65_HS1-834228961_62-HQ-83894_Section_6
Agency: FBI
Page 110
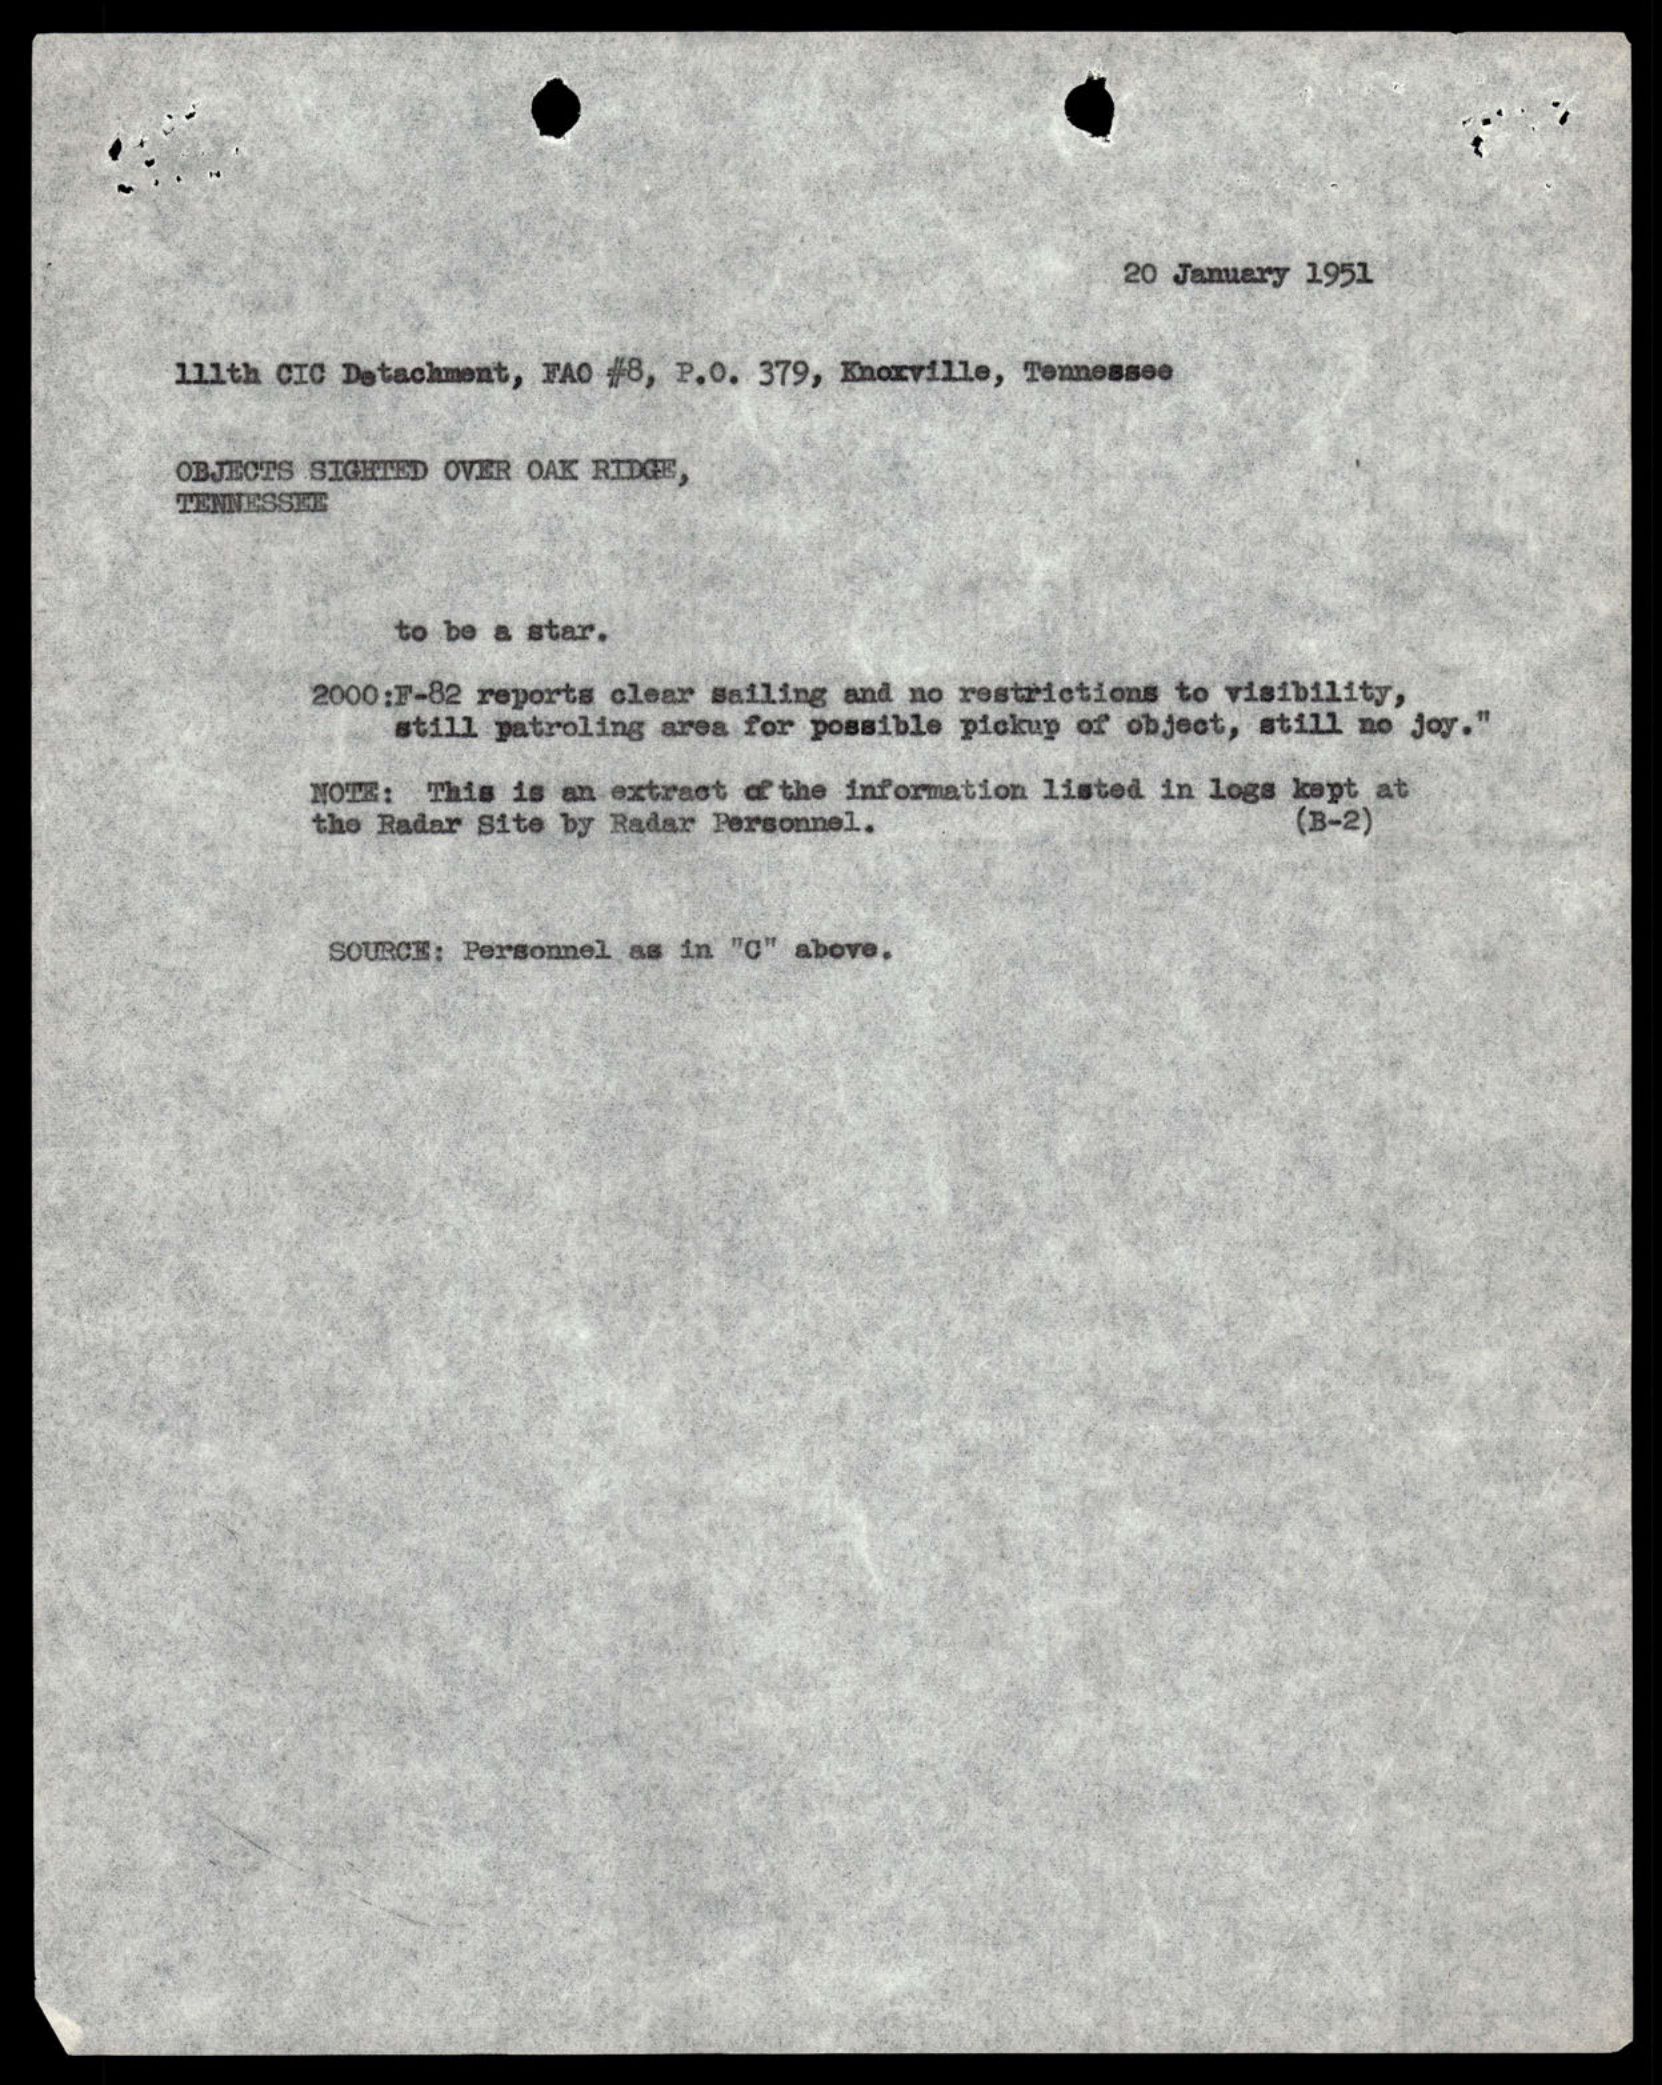